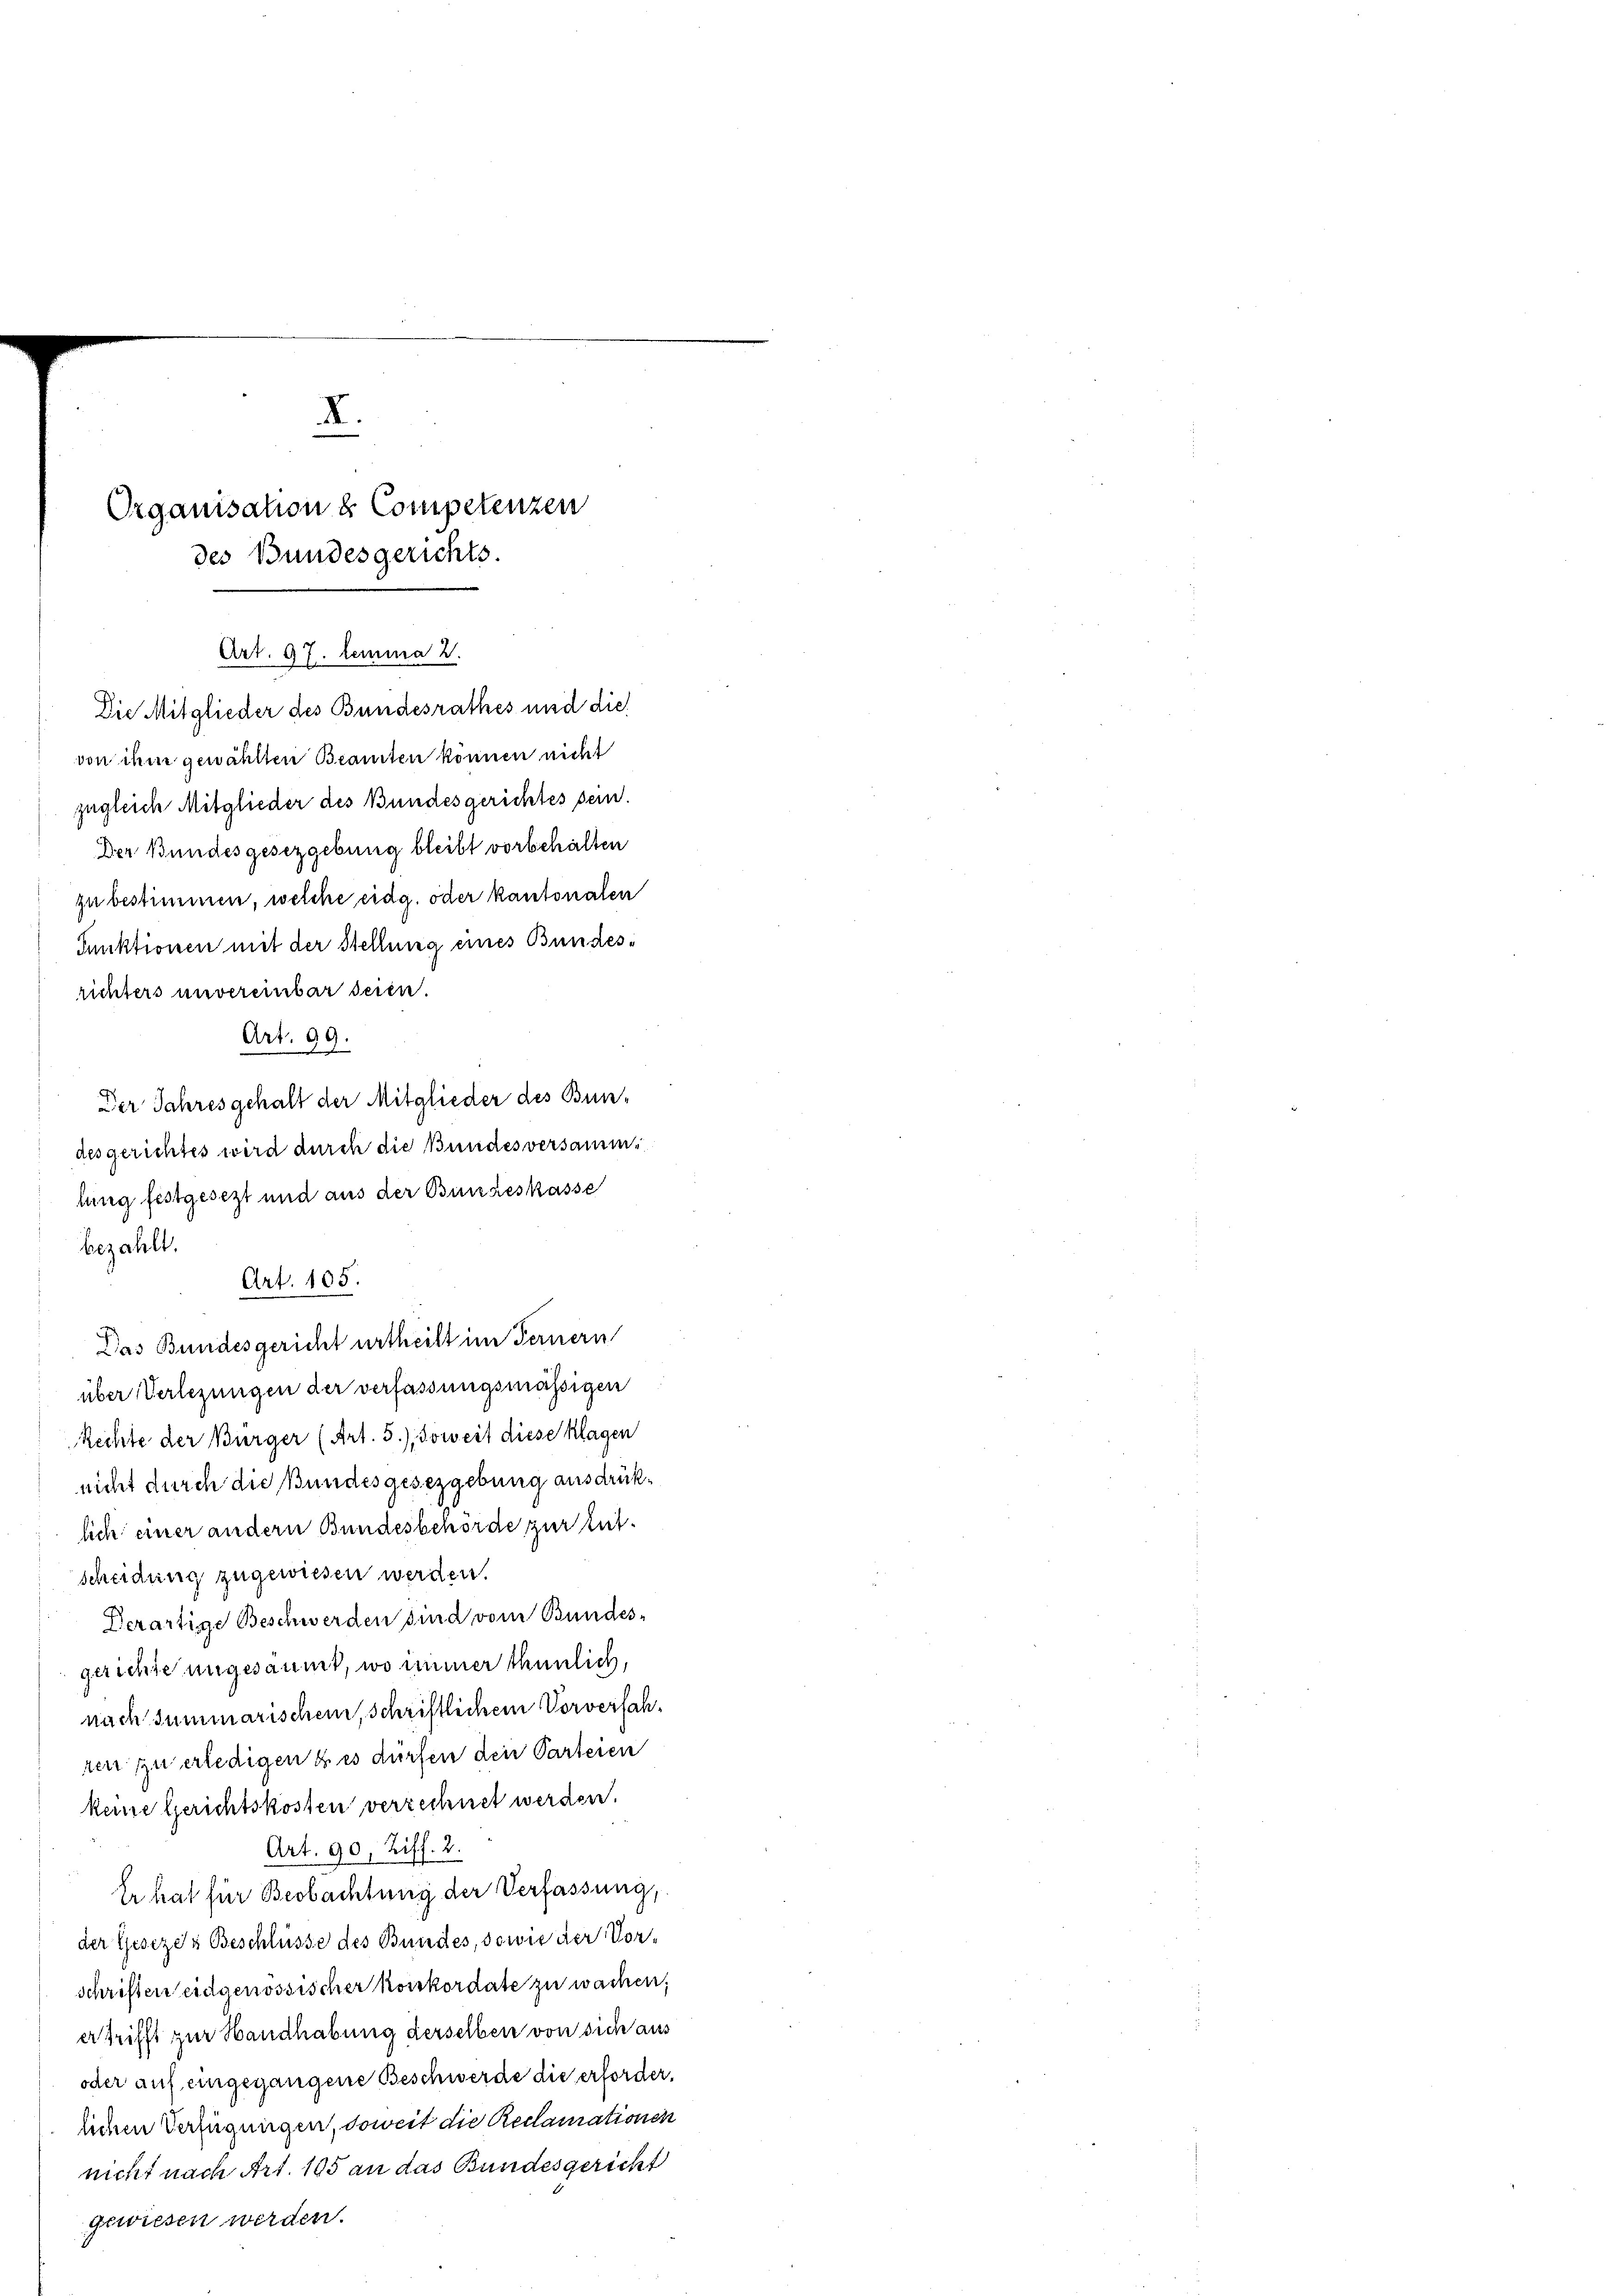
XI.
Organisation & Competenzen
des Bundesgerichts.

Art. 97. Lemma 2.

Die Mitglieder des Bundesrathes und die
von ihm gewählten Beamten können nicht
zugleich Mitglieder des Bundesgerichtes sein.
Der Bundesgesezgebung bleibt vorbehalten
zu bestimmen, welche eidg. oder kantonalen
Punktionen mit der Stellung eines Bundesrichters unvereinbar seien.
Art. 99.
Der Jahres gehalt der Mitglieder des Bun-
des gerichtes wird durch die Bundesversammlung festgesezt und aus der Bundeskasse
bezahlt.
über Verlegungen der verfassungsmässigen
Rechte der Bürger (Art. 5.) Soweit diese Klagen
nicht durch die Bundesgesezgebung ausdrüklich einer andern Bundesbehörde zur Entscheidung zugewissen werden.
Derartige Beschwerden sind vom Bundes-
gerichte ungesäumt, wo immer thunlich,
nach summarischen, schriftlichem Vorverfahren zu erledigen & es dürfen den Parteien
keine Gerichtskosten verrechnet werden.
Art. 90, Ziff. 2.
Er hat für Beobachtung der Verfassung,
der Gesezes Beschlüsse des Bundes, sowie der Vorschriften eidgenössischer konkordate zu wachen
ertrifft zur Handhabung derselben von sich aus
oder auf eingegangene Beschwerde die erforderliehen Verfügungen, soweit die Reclamationen
nicht nach Art. 195 an das Bundesgericht
gewiesen werden.

Art. 105.
Das Bundesgericht urtheilt im Fernern